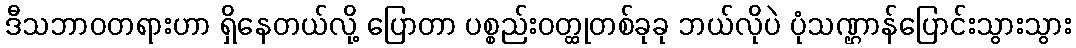
ဒီသဘာဝတရားဟာ ရှိနေတယ်လို့ ပြောတာ ပစ္စည်းဝတ္ထုတစ်ခုခု ဘယ်လိုပဲ ပုံသဏ္ဌာန်ပြောင်းသွားသွား